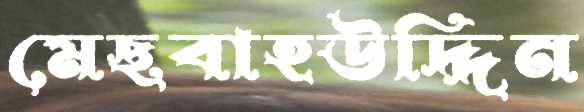
মেছবাহউদ্দিন